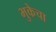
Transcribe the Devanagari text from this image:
भुकेचा